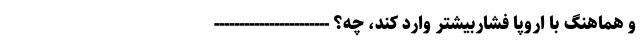
و هماهنگ با اروپا فشاربیشتر وارد کند، چه؟ -----------------------